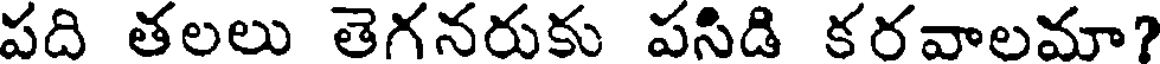
పది తలలు తెగనరుకు పసిడి కరవాలమా?